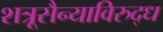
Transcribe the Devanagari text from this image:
शत्रूसैन्याविरुद्ध